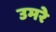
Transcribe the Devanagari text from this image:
उमरे